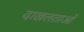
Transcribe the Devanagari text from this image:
दाखलताओं